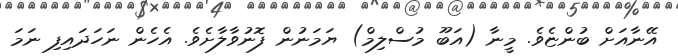
އޭނާއަށް ބުންޏެވެ. މީނާ (އަބޫ މުސްލިމް) ޔަމަނުން ފޮނުވާލާށެވެ. އެހެން ނަހަދައިފި ނަމަ